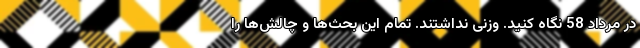
در مرداد 58 نگاه کنید. وزنی نداشتند. تمام این بحث‌ها و چالش‌ها را